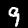
Label: 9